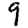
Digit: 9